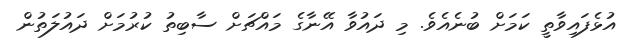
އުޅެފައިވާތީ ކަމަށް ބުނެއެވެ. މި ދައުވާ އޭނާގެ މައްޗަށް ސާބިތު ކުރުމަށް ދައުލަތުން